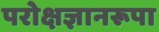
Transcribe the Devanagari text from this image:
परोक्षज्ञानरूपा